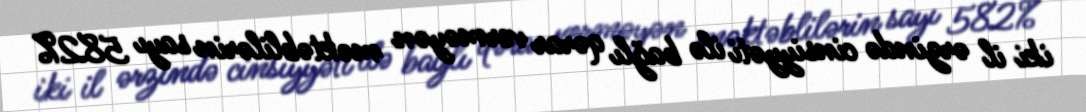
iki il ərzində cinsiyyəti ilə bağlı qərar verməyən məktəblilərin sayı 582%